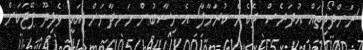
'ރަންދޯދިތައް އުދަރެސް ދެކެން ކުރަހާލާ' އެ ހިސާބުން ހަނދާނަށް އައީ ވެލިދޫ ޕޭޖަކަށް